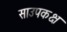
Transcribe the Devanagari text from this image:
साउपकक्ष